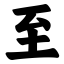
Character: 至